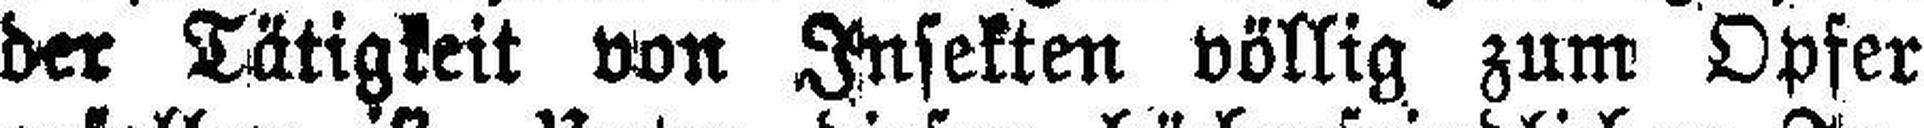
der Tätigkeit von Insekten völlig zum Opfer